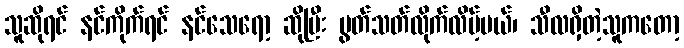
သူဆိုရင် နင်ကိုက်ရင် နင်သေရော့ ဆိုပြီး ပွတ်သတ်လိုက်လိမ့်မယ်၊ သီလရှိတဲ့သူကတော့